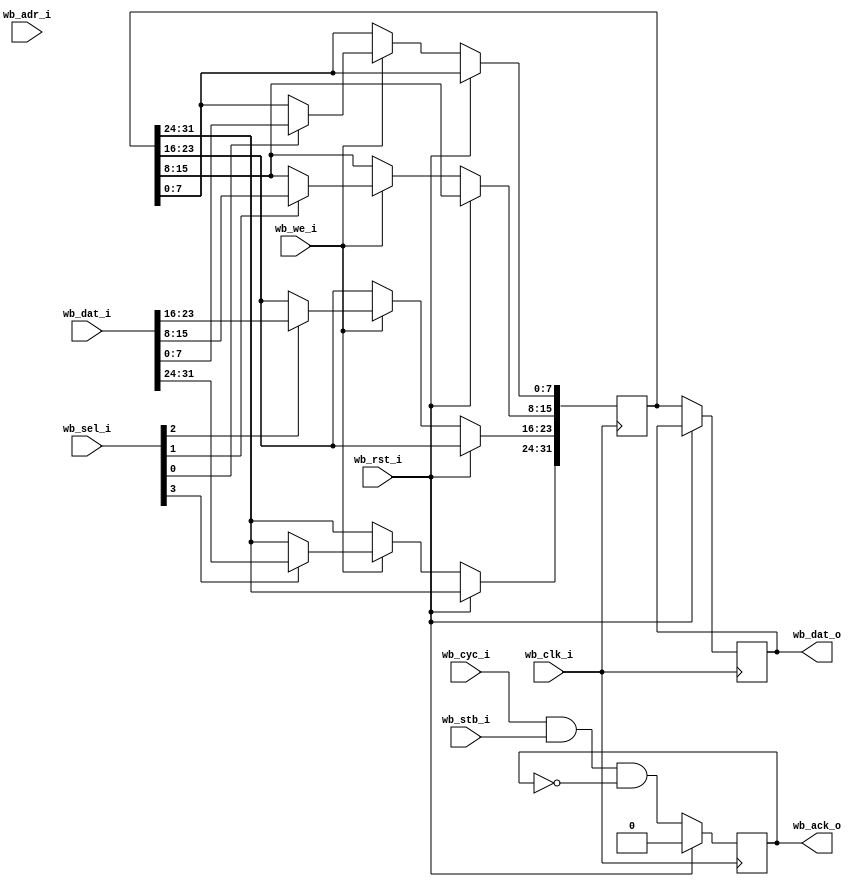
// SPDX-FileCopyrightText: 2020 Efabless Corporation
//
// Licensed under the Apache License, Version 2.0 (the "License");
// you may not use this file except in compliance with the License.
// You may obtain a copy of the License at
//
//      http://www.apache.org/licenses/LICENSE-2.0
//
// Unless required by applicable law or agreed to in writing, software
// distributed under the License is distributed on an "AS IS" BASIS,
// WITHOUT WARRANTIES OR CONDITIONS OF ANY KIND, either express or implied.
// See the License for the specific language governing permissions and
// limitations under the License.
// SPDX-License-Identifier: Apache-2.0

`default_nettype none
module dummy_slave(
    input wb_clk_i,
    input wb_rst_i,
    
    input wb_stb_i,
    input wb_cyc_i,
    input wb_we_i,
    input [3:0] wb_sel_i,
    input [31:0] wb_adr_i,
    input [31:0] wb_dat_i,
    
    output reg [31:0] wb_dat_o,
    output reg wb_ack_o
);
    reg [31:0] store;

    wire valid = wb_cyc_i & wb_stb_i;

    always @(posedge wb_clk_i) begin
        if (wb_rst_i == 1'b 1) begin
            wb_ack_o <= 1'b 0;
        end else begin
            if (wb_we_i == 1'b 1) begin
                if (wb_sel_i[0]) store[7:0]   <= wb_dat_i[7:0];
                if (wb_sel_i[1]) store[15:8]  <= wb_dat_i[15:8];
                if (wb_sel_i[2]) store[23:16] <= wb_dat_i[23:16];
                if (wb_sel_i[3]) store[31:24] <= wb_dat_i[31:24];
            end
            wb_dat_o <= store;
            wb_ack_o <= valid & !wb_ack_o;
        end
    end
endmodule